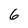
Character: 6